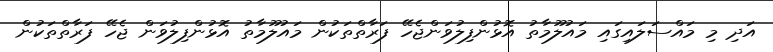
އަދި މި މައްސަލައިގައި މައުލޫމާތު އޮޅުންފިލުވަންޖެހޭ ފަރާތްތަކުން މައުލޫމާތު އޮޅުންފިލުވަން ޖެހޭ ފަރާތްތަކުން